Vaccination report Assam 1874-1896 - 1874-1896
Year: 1874
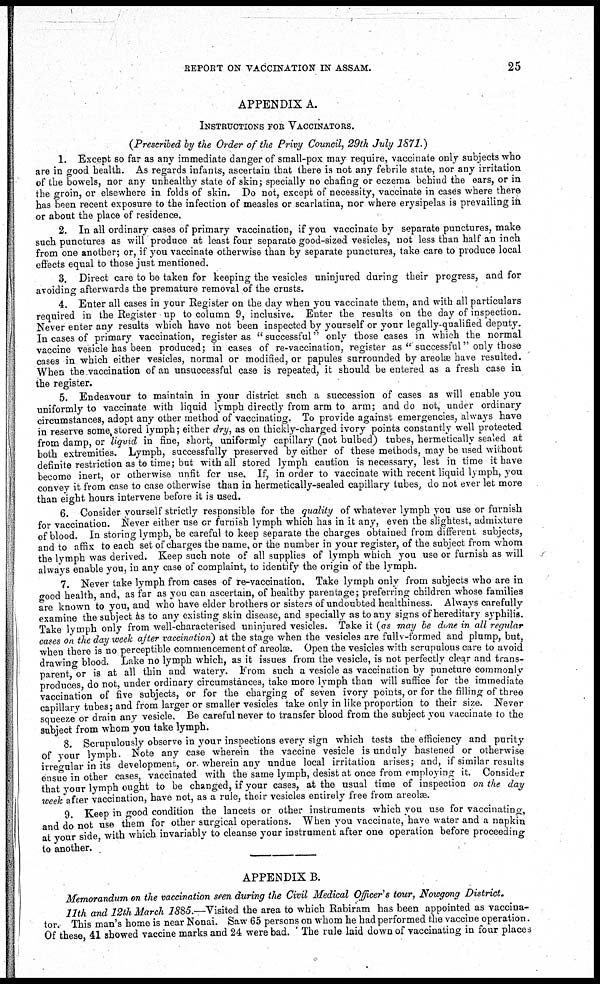
REPORT ON VACCINATION IN ASSAM.
25
APPENDIX A.
INSTRUCTIONS FOR VACCINATORS.
(Prescribed by the Order of the Privy Council, 29th July 1871.)
1. Except so far as any immediate danger of small-pox may require, vaccinate only subjects who
are in good health. As regards infants, ascertain that there is not any febrile state, nor any irritation
of the bowels, nor any unhealthy state of skin; specially no chafing or eczema behind the ears, or in
the groin, or elsewhere in folds of skin. Do not, except of necessity, vaccinate in cases where there
has been recent exposure to the infection of measles or scarlatina, nor where erysipelas is prevailing in
or about the place of residence.
2. In all ordinary cases of primary vaccination, if you vaccinate by separate punctures, make
such punctures as will produce at least four separate good-sized vesicles, not less than half an inch
from one another; or, if you vaccinate otherwise than by separate punctures, take care to produce local
effects equal to those just mentioned.
3. Direct care to be taken for keeping the vesicles uninjured during their progress, and for
avoiding afterwards the premature removal of the crusts.
4. Enter all cases in your Register on the day when you vaccinate them, and with all particulars
required in the Register up to column 9, inclusive. Enter the results on the day of inspection.
Never enter any results which have not been inspected by yourself or your legally-qualified deputy.
In cases of primary vaccination, register as " successful" only those cases in which the normal
vaccine vesicle has been produced; in cases of re-vaccination, register as " successful" only those
cases in which either vesicles, normal or modified, or papules surrounded by areolæ have resulted.
When the vaccination of an unsuccessful case is repeated, it should be entered as a fresh case in
the register.
5. Endeavour to maintain in your district such a succession of cases as will enable you
uniformly to vaccinate with liquid lymph directly from arm to arm; and do not, under ordinary
circumstances, adopt any other method of vaccinating. To provide against emergencies, always have
in reserve some stored lymph; either dry, as on thickly-charged ivory points constantly well protected
from damp, or liquid in fine, short, uniformly capillary (not bulbed) tubes, hermetically sealed at
both extremities. Lymph, successfully preserved by either of these methods, may be used without
definite restriction as to time; but with all stored lymph caution is necessary, lest in time it have
become inert, or otherwise unfit for use. If, in order to vaccinate with recent liquid lymph, you
convey it from case to case otherwise than in hermetically-sealed capillary tubes, do not ever let more
than eight hours intervene before it is used.
6. Consider yourself strictly responsible for the quality of whatever lymph you use or furnish
for vaccination. Never either use or furnish lymph which has in it any, even the slightest, admixture
of blood. In storing lymph, be careful to keep separate the charges obtained from different subjects,
and to affix to each set of charges the name, or the number in your register, of the subject from whom
the lymph was derived. Keep such note of all supplies of lymph which you use or furnish as will
always enable you, in any case of complaint, to identify the origin of the lymph.
7. Never take lymph from cases of re-vaccination. Take lymph only from subjects who are in
good health, and, as far as you can ascertain, of healthy parentage; preferring children whose families
are known to you, and who have elder brothers or sisters of undoubted healthiness. Always carefully
examine the subject as to any existing skin disease, and specially as to any signs of hereditary syphilis.
Take lymph only from well-characterised uninjured vesicles. Take it (as may be done in all regular
cases on the day week after vaccination) at the stage when the vesicles are fully-formed and plump, but,
when there is no perceptible commencement of areolæ. Open the vesicles with scrupulous care to avoid
drawing blood. Lake no lymph which, as it issues from the vesicle, is not perfectly clear and trans-
parent, or is at all thin and watery. From such a vesicle as vaccination by puncture commonly
produces, do not, under ordinary circumstances, take more lymph than will suffice for the immediate
vaccination of five subjects, or for the charging of seven ivory points, or for the filling of three
capillary tubes; and from larger or smaller vesicles take only in like proportion to their size. Never
squeeze or drain any vesicle. Be careful never to transfer blood from the subject you vaccinate to the
subject from whom you take lymph.
8. Scrupulously observe in your inspections every sign which tests the efficiency and purity
of your lymph. Note any case wherein the vaccine vesicle is unduly hastened or otherwise
irregular in its development, or wherein any undue local irritation arises; and, if similar results
ensue in other cases, vaccinated with the same lymph, desist at once from employing it. Consider
that your lymph ought to be changed, if your cases, at the usual time of inspection on the day
week after vaccination, have not, as a rule, their vesicles entirely free from areolæ.
9. Keep in good condition the lancets or other instruments which you use for vaccinating,
and do not use them for other surgical operations. When you vaccinate, have water and a napkin
at your side, with which invariably to cleanse your instrument after one operation before proceeding
to another.
APPENDIX B.
Memorandum on the vaccination seen during the Civil Medical Officer's tour, Nowgong District.
11th and 12th March 1885.—Visited the area to which Rabiram has been appointed as vaccina-
tor. This man's home is near Nonai. Saw 65 persons on whom he had performed the vaccine operation.
Of these, 41 showed vaccine marks and 24 were bad. The rule laid down of vaccinating in four places